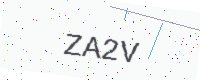
Text: ZA2V